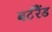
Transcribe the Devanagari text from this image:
बर्टरैंड